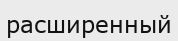
расширенный